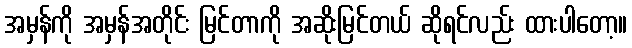
အမှန်ကို အမှန်အတိုင်း မြင်တာကို အဆိုးမြင်တယ် ဆိုရင်လည်း ထားပါတော့။